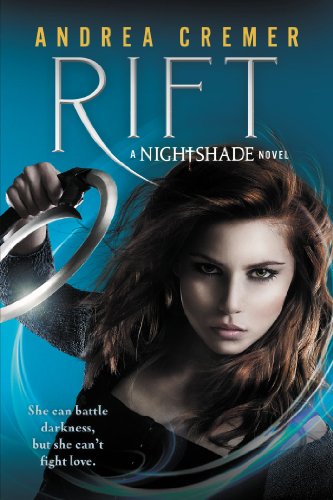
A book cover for Rift (Nightshade Prequels); Andrea Cremer; Teen & Young Adult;